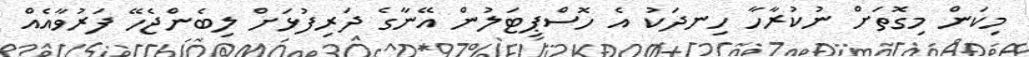
މިކަން މިގޮތަށް ނުކުރާހާ ހިނދަކު އެ ހޮސްޕިޓަލުން އޭނާގެ ދަރިފުޅަށް ލިބެންޖެހޭ ފަރުވާއެއް